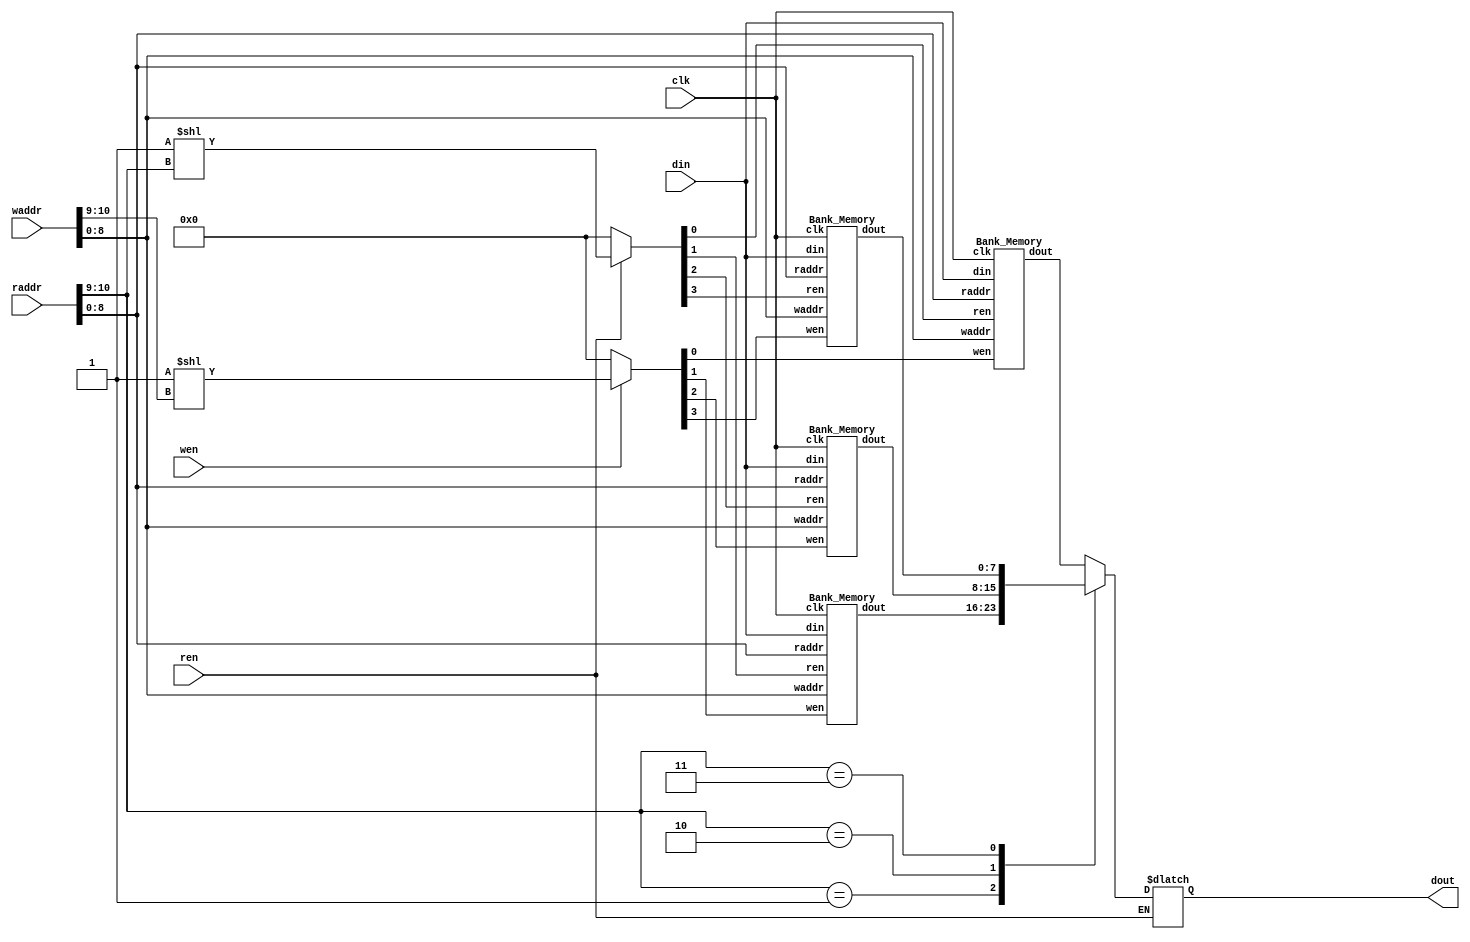
`timescale 1ns/1ps
//`include "..\basic\Lab3_Memory.v"
//syn error

module Multi_Bank_Memory (clk, ren, wen, waddr, raddr, din, dout);
input clk;
input ren, wen;
input [10:0] waddr;
input [10:0] raddr;
input [7:0] din;
output reg [7:0] dout;

parameter M=4; // Bank

reg [M-1:0] rren;
reg [M-1:0] wwen;
wire [8-1:0] wout [M-1:0];

//decode write and read [10:9] which BANK
always @ (*) begin
	if(ren) rren = {4'b0001<<raddr[10:9]};
	else rren = 4'b0000;
	
	if(wen) wwen = {4'b0001<<waddr[10:9]};
	else wwen = 4'b0000;
end

//dout READ assignment which SUB-BANK
always @(*) begin
    if(ren) dout = wout[raddr[10:9]];
end

Bank_Memory bank0 (
    .clk(clk), 
    .ren(rren[0]), 
    .wen(wwen[0]), 
    .waddr(waddr[8:0]), 
    .raddr(raddr[8:0]), 
    .din(din), 
    .dout(wout[0])
);
Bank_Memory bank1 (
    .clk(clk), 
    .ren(rren[1]), 
    .wen(wwen[1]), 
    .waddr(waddr[8:0]), 
    .raddr(raddr[8:0]), 
    .din(din), 
    .dout(wout[1])
);
Bank_Memory bank2 (
    .clk(clk), 
    .ren(rren[2]), 
    .wen(wwen[2]), 
    .waddr(waddr[8:0]), 
    .raddr(raddr[8:0]), 
    .din(din), 
    .dout(wout[2])
);
Bank_Memory bank3 (
    .clk(clk), 
    .ren(rren[3]), 
    .wen(wwen[3]), 
    .waddr(waddr[8:0]), 
    .raddr(raddr[8:0]), 
    .din(din), 
    .dout(wout[3])
);
endmodule


module Bank_Memory (clk, ren, wen, waddr, raddr, din, dout);
input clk;
input ren, wen;
input [8:0] waddr;
input [8:0] raddr;
input [7:0] din;
output reg [7:0] dout;
 
parameter M=4; // Bank

reg [6:0] addr [M-1:0] ;
reg [M-1:0] rren;
reg [M-1:0] wwen;
wire [8-1:0] wout [M-1:0];

//decode write and read [8:7] which SUB-BANK
always @ (*) begin
	if(ren) rren = {4'b0001<<raddr[8:7]};
	else rren = 4'b0000;
	
	if(wen) wwen = {4'b0001<<waddr[8:7]};
	else wwen = 4'b0000;
end

//address assignment
always @ (*) begin
	if((rren[0]==1)) addr[0] = raddr[6:0];
	else if((wwen[0]==1)) addr[0] = waddr[6:0];
	
	if((rren[1]==1)) addr[1] = raddr[6:0];
	else if((wwen[1]==1)) addr[1] = waddr[6:0];
	
	if((rren[2]==1)) addr[2] = raddr[6:0];
	else if((wwen[2]==1)) addr[2] = waddr[6:0];
	
	if((rren[3]==1)) addr[3] = raddr[6:0];
	else if((wwen[3]==1)) addr[3] = waddr[6:0];
end

//dout READ assignment which SUB-BANK
always @(*) begin
    if(ren) dout = wout[raddr[8:7]];
end

Memory sub_bank0(
    .clk(clk), 
    .ren(rren[0]), 
    .wen(wwen[0]), 
    .addr(addr[0]), 
    .din(din), 
    .dout(wout[0])
);
Memory sub_bank1(
    .clk(clk), 
    .ren(rren[1]), 
    .wen(wwen[1]), 
    .addr(addr[1]), 
    .din(din), 
    .dout(wout[1])
);
Memory sub_bank2(
    .clk(clk), 
    .ren(rren[2]), 
    .wen(wwen[2]), 
    .addr(addr[2]), 
    .din(din), 
    .dout(wout[2])
);
Memory sub_bank3(
    .clk(clk), 
    .ren(rren[3]), 
    .wen(wwen[3]), 
    .addr(addr[3]), 
    .din(din), 
    .dout(wout[3])
);
endmodule

`timescale 1ns/1ps

module Memory (clk, ren, wen, addr, din, dout);
input clk;
input ren, wen;
input [6:0] addr;
input [7:0] din;
output reg [7:0] dout;

parameter M = 128;
parameter N = 8;

reg [N-1:0] mem0 [M-1:0];

//assign memory = memory[addr] <= memory[addr];
always @(posedge clk) begin
    //read enable
    if(ren == 1'b1) begin
        //read memory to dout 
        dout <= mem0[addr];
    end
    else begin
        //write enable
        if(wen == 1'b1)begin
            //write din to memory, dout = 0
            mem0[addr] <= din;
        end
        //do nothing memory = memory
        dout <= 8'b0;
    end
end

endmodule